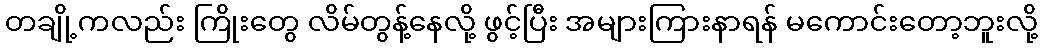
တချို့ကလည်း ကြိုးတွေ လိမ်တွန့်နေလို့ ဖွင့်ပြီး အများကြားနာရန် မကောင်းတော့ဘူးလို့